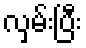
လှမ်းပြီး